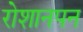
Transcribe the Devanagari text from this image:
रोशानपन